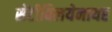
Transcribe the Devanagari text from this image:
सेंटीबिलयेनायर